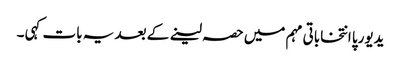
یدیورپا انتخاباتی مہم میں حصہ لینے کے بعد یہ بات کہی ۔